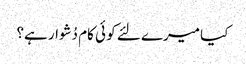
کیا میرے لئے کو ئی کام دُشوار ہے؟